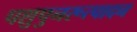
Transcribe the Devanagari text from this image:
पशुपुनरूत्पादन